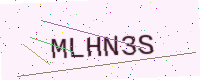
Text: MLHN3S